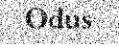
Odus